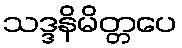
သဒ္ဒနိမိတ္တပေ